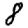
Digit: 8